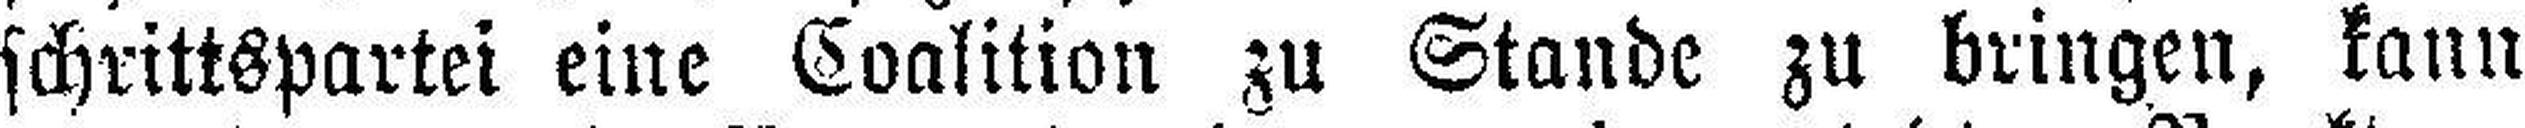
schrittspartei eine Coalition zu Stande zu bringen, kann